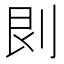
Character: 𠛵